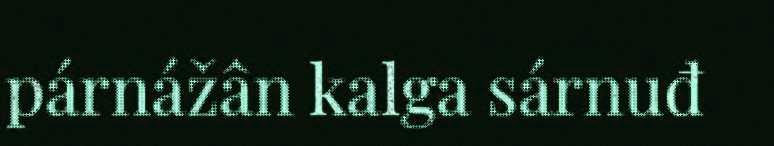
párnážân kalga sárnuđ